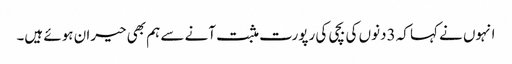
انہوں نے کہا کہ 3دنوں کی بچی کی رپورت مثبت آنے سے ہم بھی حیران ہوئے ہیں۔